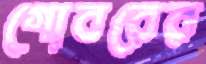
গোবরের